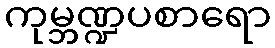
ကုမ္ဘဏ္ဍပစာရော